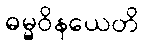
ဓမ္မဝိနယေတိ